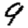
Digit: 9